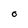
Character: 0